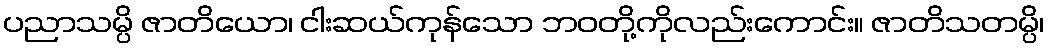
ပညာသမ္ပိ ဇာတိယော၊ ငါးဆယ်ကုန်သော ဘဝတို့ကိုလည်းကောင်း။ ဇာတိသတမ္ပိ၊